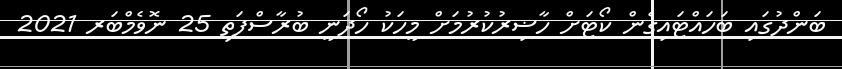
ބަންދުގައި ބަހައްޓައިގެން ކޯޓަށް ހާޟިރުކުރުމަށް މީހަކު ހޯދަނީ ބުރާސްފަތި 25 ނޮވެމްބަރ 2021